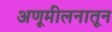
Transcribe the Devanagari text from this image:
अणूमीलनातून